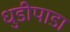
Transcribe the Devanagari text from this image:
धुडीपाडा